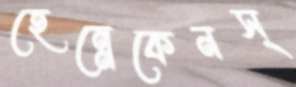
হেন্নেকেনস্